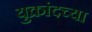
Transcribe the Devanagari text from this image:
युक्रांदच्या